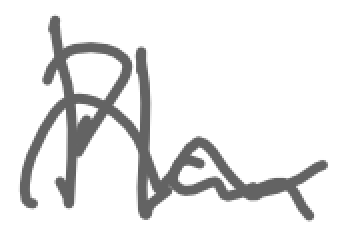
Text: Plan
Cross-out: wave
Writing tool: digital_gray